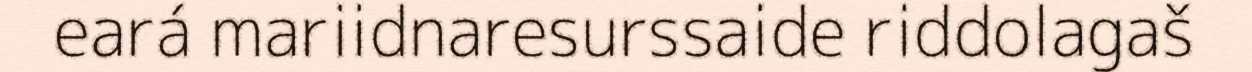
eará mariidnaresurssaide riddolagaš